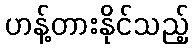
ဟန့်တားနိုင်သည့်